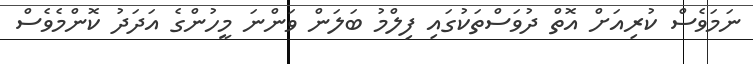
ނަމަވެސް ކުރިއަށް އޮތް ދުވަސްތަކުގައި ފިލްމު ބަލަން ވަންނަ މީހުންގެ އަދަދު ކޮންމެވެސް